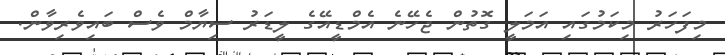
މިފަހަރު މިކަމުގައި އަމަލީ ގޮތުން ޖެހޭނެ އެމްޑީއޭގެ ލީޑަރު ސިޔާމް ވެސް ބައިވެރިވާން.